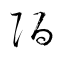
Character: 陌